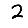
Digit: 2